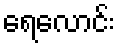
ရေလောင်း